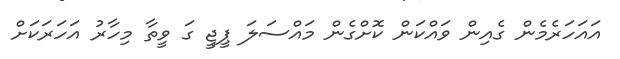
އައަހަރެެމެން ގެއިން ވައްކަން ކޮށްގެން މައްސަލަ ޕީޖީ ގަ ވީތާ މިހާރު އަހަރަކަށް